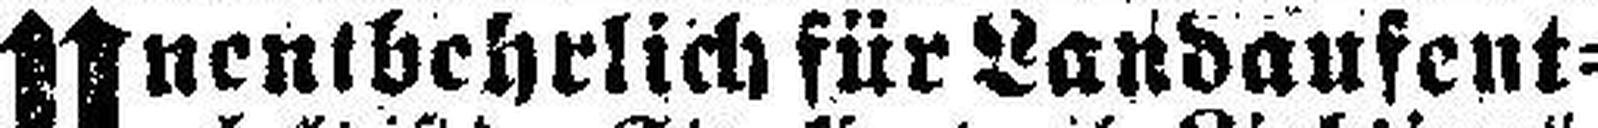
Unentbehrlich für Landaufent¬